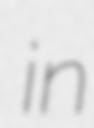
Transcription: in